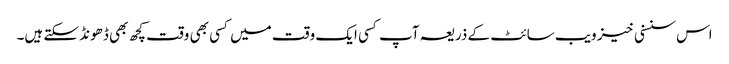
اس سنسنی خیز ویب سائٹ کے ذریعہ آپ کسی ایک وقت میں کسی بھی وقت کچھ بھی ڈھونڈ سکتے ہیں۔